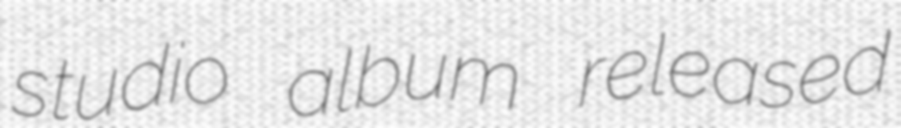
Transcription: studio album released